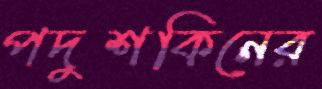
পদুশকিনের